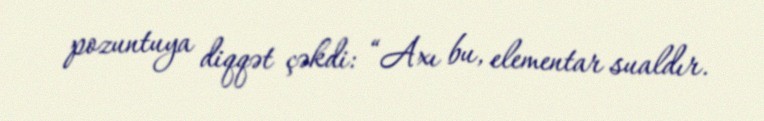
pozuntuya diqqət çəkdi: “Axı bu, elementar sualdır.